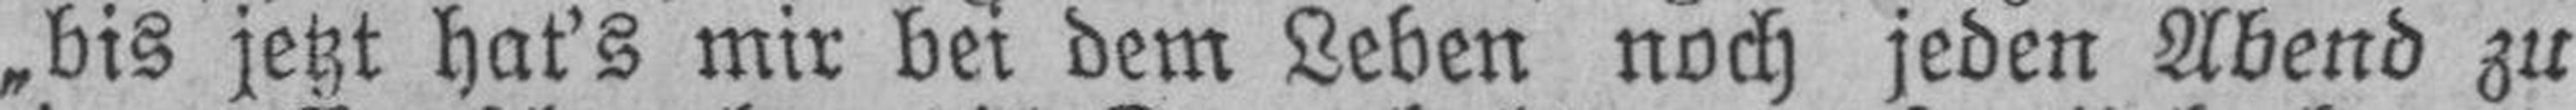
„bis jetzt hat’s mir bei dem Leben noch jeden Abend zu